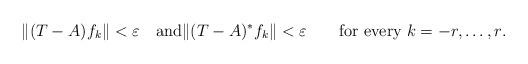
LaTeX: \begin{align*}\|(T-A)f_{k}\|<\varepsilon\quad{\rm and}\|(T-A)^{*}f_{k}\| <\varepsilon\qquad\hbox{for every $k=-r,\dots ,r$.}\end{align*}